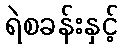
ရဲစခန်းနှင့်